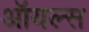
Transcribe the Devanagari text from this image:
ऑयल्स